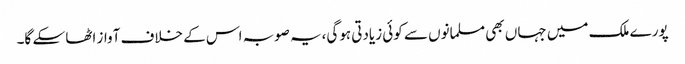
پورے ملک میں جہاں بھی مسلمانوں سے کوئی زیادتی ہوگی،یہ صوبہ اس کے خلاف آواز اٹھا سکے گا۔